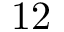
1 2